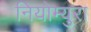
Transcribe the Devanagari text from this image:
नियोम्युरा